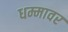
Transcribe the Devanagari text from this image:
धम्मावर